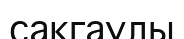
сақгаулы